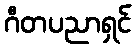
ဂီတပညာရှင်